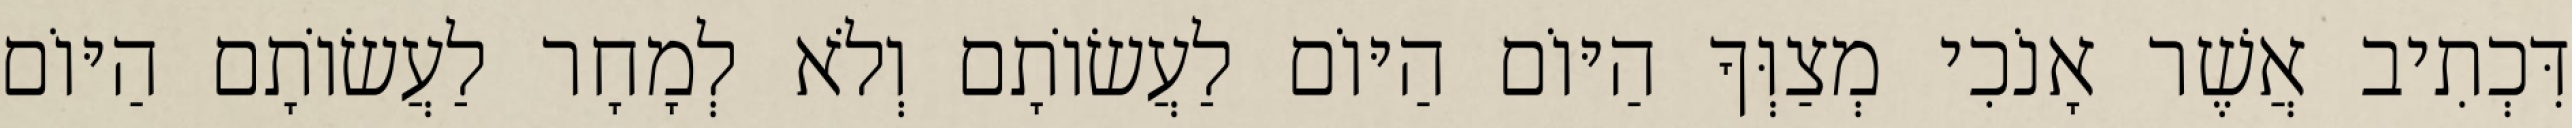
דִּכְתִיב אֲשֶׁר אָנֹכִי מְצַוְּךָ הַיּוֹם הַיּוֹם לַעֲשׂוֹתָם וְלֹא לְמָחָר לַעֲשׂוֹתָם הַיּוֹם